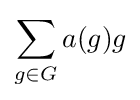
\sum _{g\in G}a(g)g